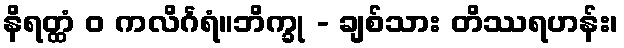
နိရတ္ထံ ဝ ကလိင်္ဂရံ။ဘိက္ခု - ချစ်သား တိဿရဟန်း၊